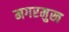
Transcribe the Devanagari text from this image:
मगरमुख